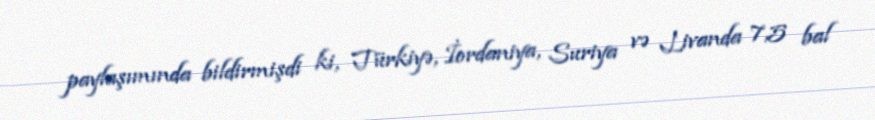
paylaşımında bildirmişdi ki, Türkiyə, İordaniya, Suriya və Livanda 7,5 bal